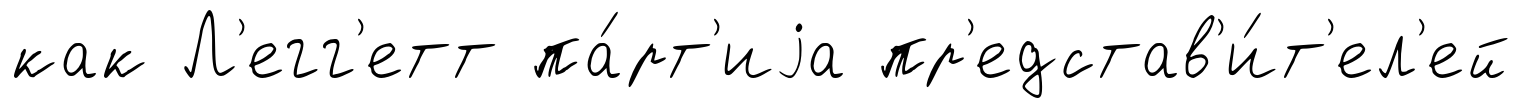
как Л'егг'етт па́рт'иjа пр'едстав'и́т'ел'ей